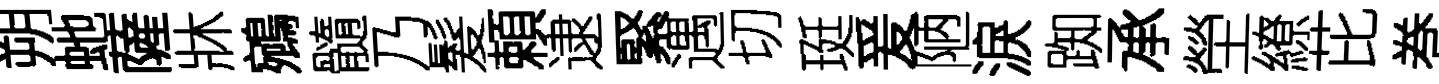
朔虵薩牀鵷髓乃髮頼逮緊遇切珽爰陋淚踟承塋繚芘巻